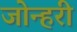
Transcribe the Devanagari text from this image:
जोन्हरी